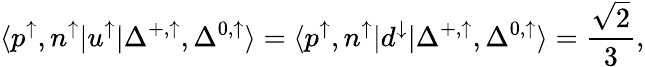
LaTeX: \langle p^{\uparrow},n^{\uparrow}|u^{\uparrow}|\Delta^{+,\uparrow},\Delta^{0,\uparrow}\rangle=\langle p^{\uparrow},n^{\uparrow}|d^{\downarrow}|\Delta^{+,\uparrow},\Delta^{0,\uparrow}\rangle=\frac{\sqrt{2}}{3},